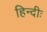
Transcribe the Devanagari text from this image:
हिन्दीः